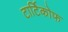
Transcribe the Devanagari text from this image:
टार्टिकोफ